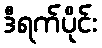
ဒီရက်ပိုင်း